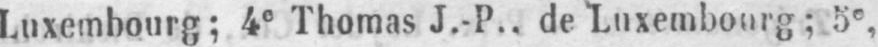
Luxembourg; 4e Thomas J.-P.. de Luxembourg; 5e